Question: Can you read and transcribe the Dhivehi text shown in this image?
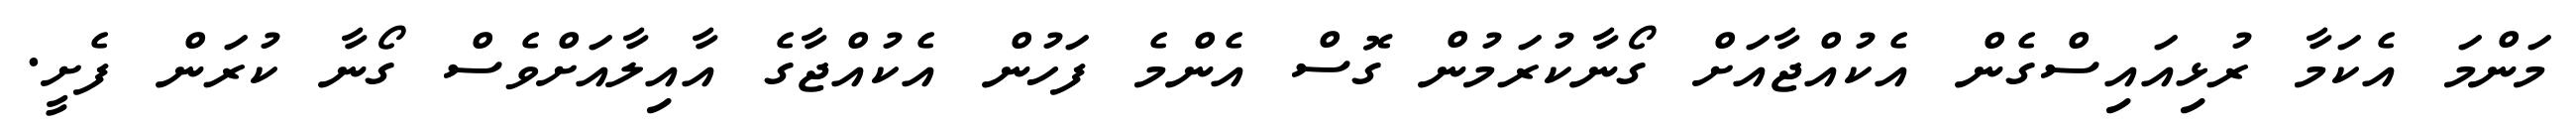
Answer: މަންމަ އެކަމާ ރުޅިއައިސްގެން އެކުއްޖާއަށް ގޯނާކުރަމުން ގޮސް އެންމެ ފަހުން އެކުއްޖާގެ އާއިލާއަށްވެސް ގޯނާ ކުރަން ފެށީ.